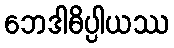
ဘေဒါဓိပ္ပါယဿ